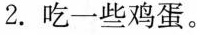
2.吃一些鸡蛋。